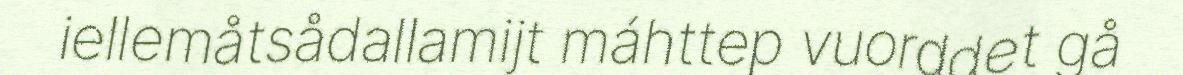
iellemåtsådallamijt máhttep vuorddet gå